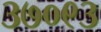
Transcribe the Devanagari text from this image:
३७०९३